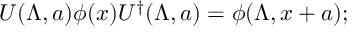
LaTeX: U ( \Lambda , a ) \phi ( x ) U ^ { \dagger } ( \Lambda , a ) = \phi ( \Lambda , x + a ) ;